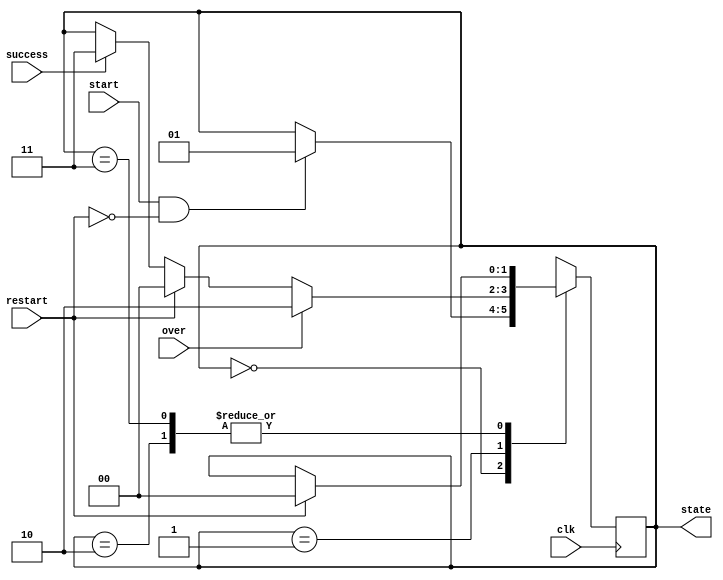
`timescale 1ns / 1ps
/*
Game state finish state machine
Game have 4 state to determine which scene to display
*/
module state_fsm(
    input wire clk,
    input wire start,
    input wire restart,
    input wire over,
    input wire success,
    output reg [1:0] state
    );

    localparam GAME_INITIAL = 2'b00,  //Game state
               GAME_RUNNING = 2'b01,
               GAME_OVER    = 2'b10,
               GAME_SUCCESS = 2'b11;

    reg [1:0] next_state;

    initial begin  //initialize
        next_state = GAME_INITIAL;
    end

    always @ (posedge clk) begin
        state <= next_state;
    end

    always@ (*) begin  //Game state tranform
        next_state = state;
        case (state)
            GAME_INITIAL: begin
                if (start & ~restart)
                    next_state = GAME_RUNNING;
            end
            GAME_RUNNING: begin
                if (over) begin
                    next_state = GAME_OVER;
                end
                else if (restart) begin
                    next_state = GAME_INITIAL;
                end
                else if (success) begin
                    next_state = GAME_SUCCESS;
                end
            end
            GAME_OVER: begin
                if (restart) begin
                    next_state = GAME_INITIAL;
                end
            end
            GAME_SUCCESS: begin
                if(restart) begin
                    next_state = GAME_INITIAL;
                end
            end
        endcase
    end

endmodule